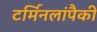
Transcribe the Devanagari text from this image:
टर्मिनलांपैकी